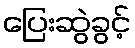
ပြေးဆွဲခွင့်